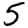
Digit: 5